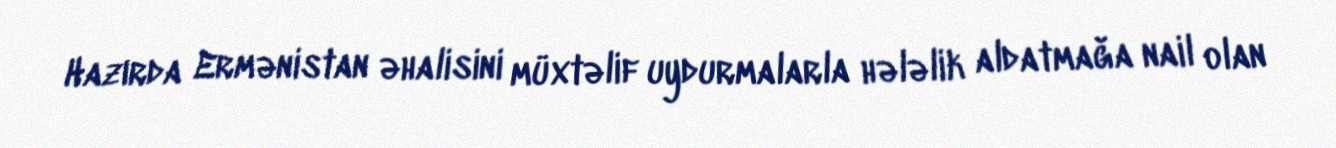
Hazırda Ermənistan əhalisini müxtəlif uydurmalarla hələlik aldatmağa nail olan